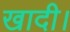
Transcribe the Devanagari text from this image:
खादी।